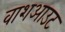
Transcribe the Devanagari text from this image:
वाशआउट